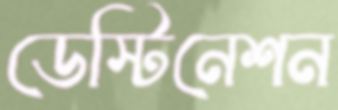
ডেস্টিনেশন